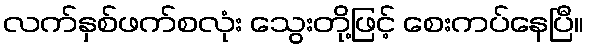
လက်နှစ်ဖက်စလုံး သွေးတို့ဖြင့် စေးကပ်နေပြီ။